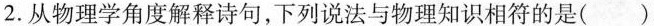
2.从物理学角度解释诗句，下列说法与物理知识相符的是()。